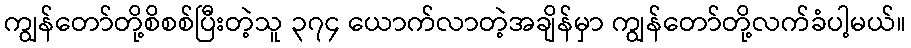
ကျွန်တော်တို့စိစစ်ပြီးတဲ့သူ ၃၇၄ ယောက်လာတဲ့အချိန်မှာ ကျွန်တော်တို့လက်ခံပါ့မယ်။